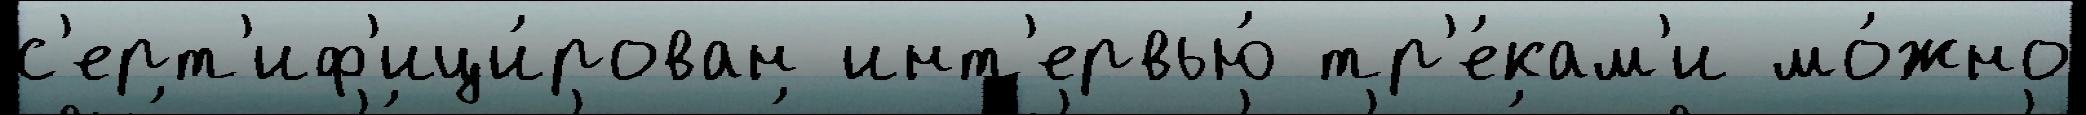
с'ерт'иф'ици́рован инт'ервью́ тр'е́кам'и мо́жно